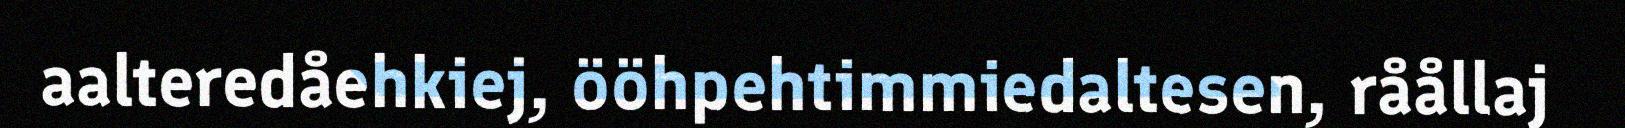
aalteredåehkiej, ööhpehtimmiedaltesen, råållaj